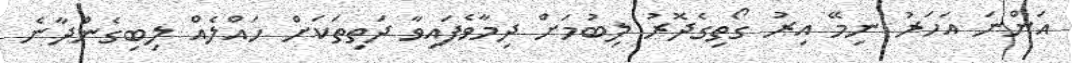
އަންނަ އަހަރު ނިމޭ އިރު ގޯތިގެދޮރު ލިބުމަށް ދިމާވެފައިވާ ދަތިތަކަށް ހައްލެއް ލިބިގެންދާނެ